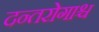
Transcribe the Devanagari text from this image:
दन्तरोगाश्च